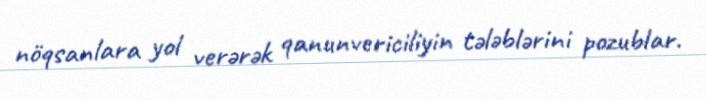
nöqsanlara yol verərək qanunvericiliyin tələblərini pozublar.